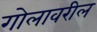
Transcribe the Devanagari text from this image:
गोलावरील